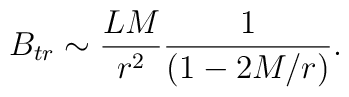
B_{tr}\sim \frac{LM}{r^2}\frac{1}{(1-2M/r)}.